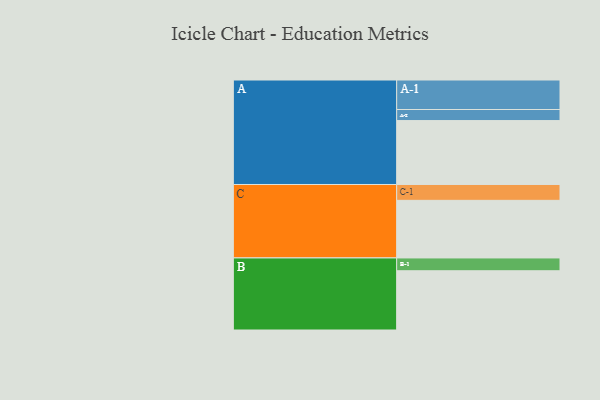
{"axis": {"x": "Segment", "y": "Value"}, "legend": ["", "A", "B", "C"], "data": [{"x": "A", "y": 589, "type": ""}, {"x": "B", "y": 546, "type": ""}, {"x": "C", "y": 531, "type": ""}, {"x": "A-1", "y": 272, "type": "A"}, {"x": "A-2", "y": 102, "type": "A"}, {"x": "B-1", "y": 118, "type": "B"}, {"x": "C-1", "y": 146, "type": "C"}]}